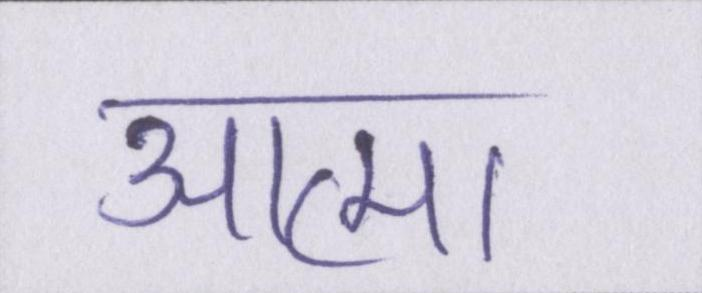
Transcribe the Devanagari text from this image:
आत्मा